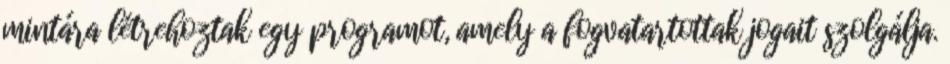
mintára létrehoztak egy programot, amely a fogvatartottak jogait szolgálja.